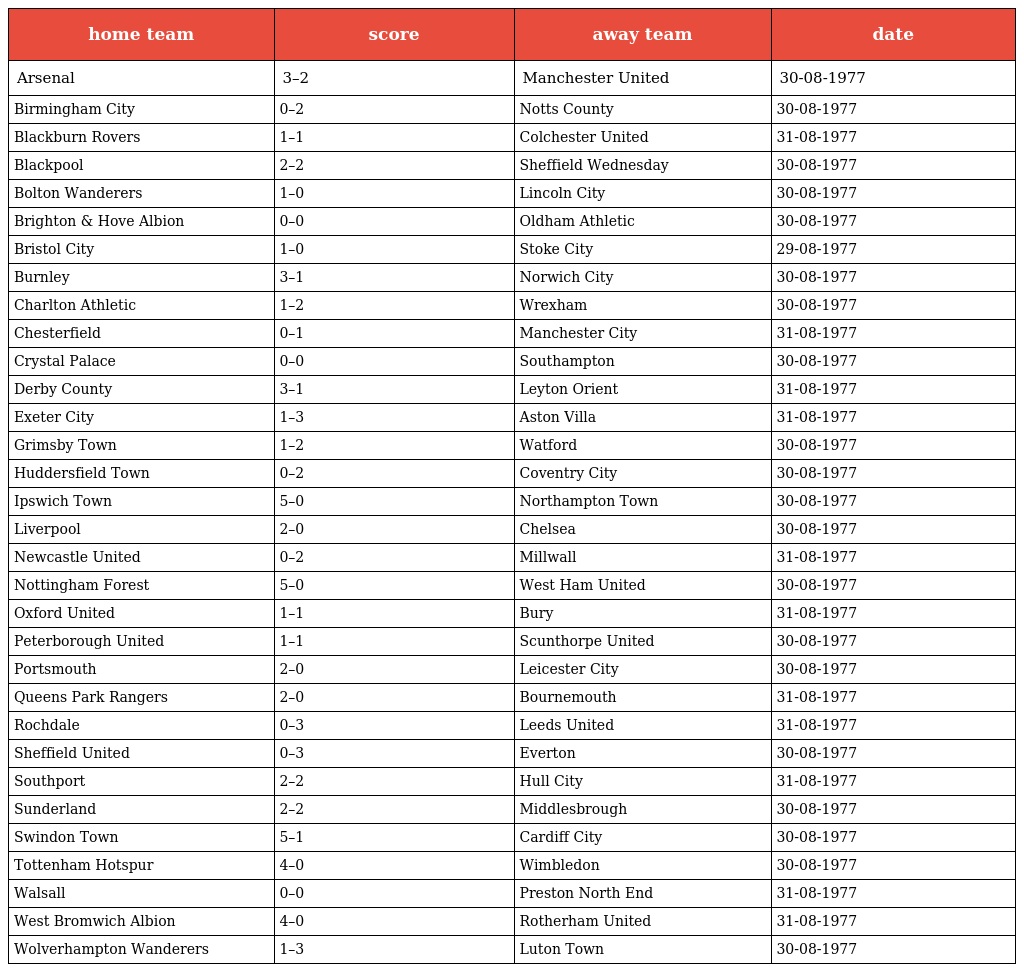
| home team | score | away team | date |
 | --- | --- | --- | --- |
 | Arsenal | 3–2 | Manchester United | 30-08-1977 |
 | Birmingham City | 0–2 | Notts County | 30-08-1977 |
 | Blackburn Rovers | 1–1 | Colchester United | 31-08-1977 |
 | Blackpool | 2–2 | Sheffield Wednesday | 30-08-1977 |
 | Bolton Wanderers | 1–0 | Lincoln City | 30-08-1977 |
 | Brighton & Hove Albion | 0–0 | Oldham Athletic | 30-08-1977 |
 | Bristol City | 1–0 | Stoke City | 29-08-1977 |
 | Burnley | 3–1 | Norwich City | 30-08-1977 |
 | Charlton Athletic | 1–2 | Wrexham | 30-08-1977 |
 | Chesterfield | 0–1 | Manchester City | 31-08-1977 |
 | Crystal Palace | 0–0 | Southampton | 30-08-1977 |
 | Derby County | 3–1 | Leyton Orient | 31-08-1977 |
 | Exeter City | 1–3 | Aston Villa | 31-08-1977 |
 | Grimsby Town | 1–2 | Watford | 30-08-1977 |
 | Huddersfield Town | 0–2 | Coventry City | 30-08-1977 |
 | Ipswich Town | 5–0 | Northampton Town | 30-08-1977 |
 | Liverpool | 2–0 | Chelsea | 30-08-1977 |
 | Newcastle United | 0–2 | Millwall | 31-08-1977 |
 | Nottingham Forest | 5–0 | West Ham United | 30-08-1977 |
 | Oxford United | 1–1 | Bury | 31-08-1977 |
 | Peterborough United | 1–1 | Scunthorpe United | 30-08-1977 |
 | Portsmouth | 2–0 | Leicester City | 30-08-1977 |
 | Queens Park Rangers | 2–0 | Bournemouth | 31-08-1977 |
 | Rochdale | 0–3 | Leeds United | 31-08-1977 |
 | Sheffield United | 0–3 | Everton | 30-08-1977 |
 | Southport | 2–2 | Hull City | 31-08-1977 |
 | Sunderland | 2–2 | Middlesbrough | 30-08-1977 |
 | Swindon Town | 5–1 | Cardiff City | 30-08-1977 |
 | Tottenham Hotspur | 4–0 | Wimbledon | 30-08-1977 |
 | Walsall | 0–0 | Preston North End | 31-08-1977 |
 | West Bromwich Albion | 4–0 | Rotherham United | 31-08-1977 |
 | Wolverhampton Wanderers | 1–3 | Luton Town | 30-08-1977 |